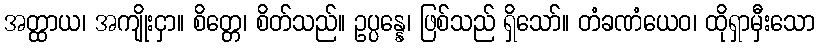
အတ္ထာယ၊ အကျိုးငှာ။ စိတ္တေ၊ စိတ်သည်။ ဥပ္ပန္နေ၊ ဖြစ်သည် ရှိသော်။ တံခဏံယေဝ၊ ထိုရှာမှီးသော